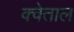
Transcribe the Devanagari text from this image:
क्वेताल